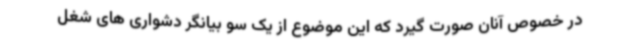
در خصوص آنان صورت گیرد که این موضوع از یک سو بیانگر دشواری های شغل